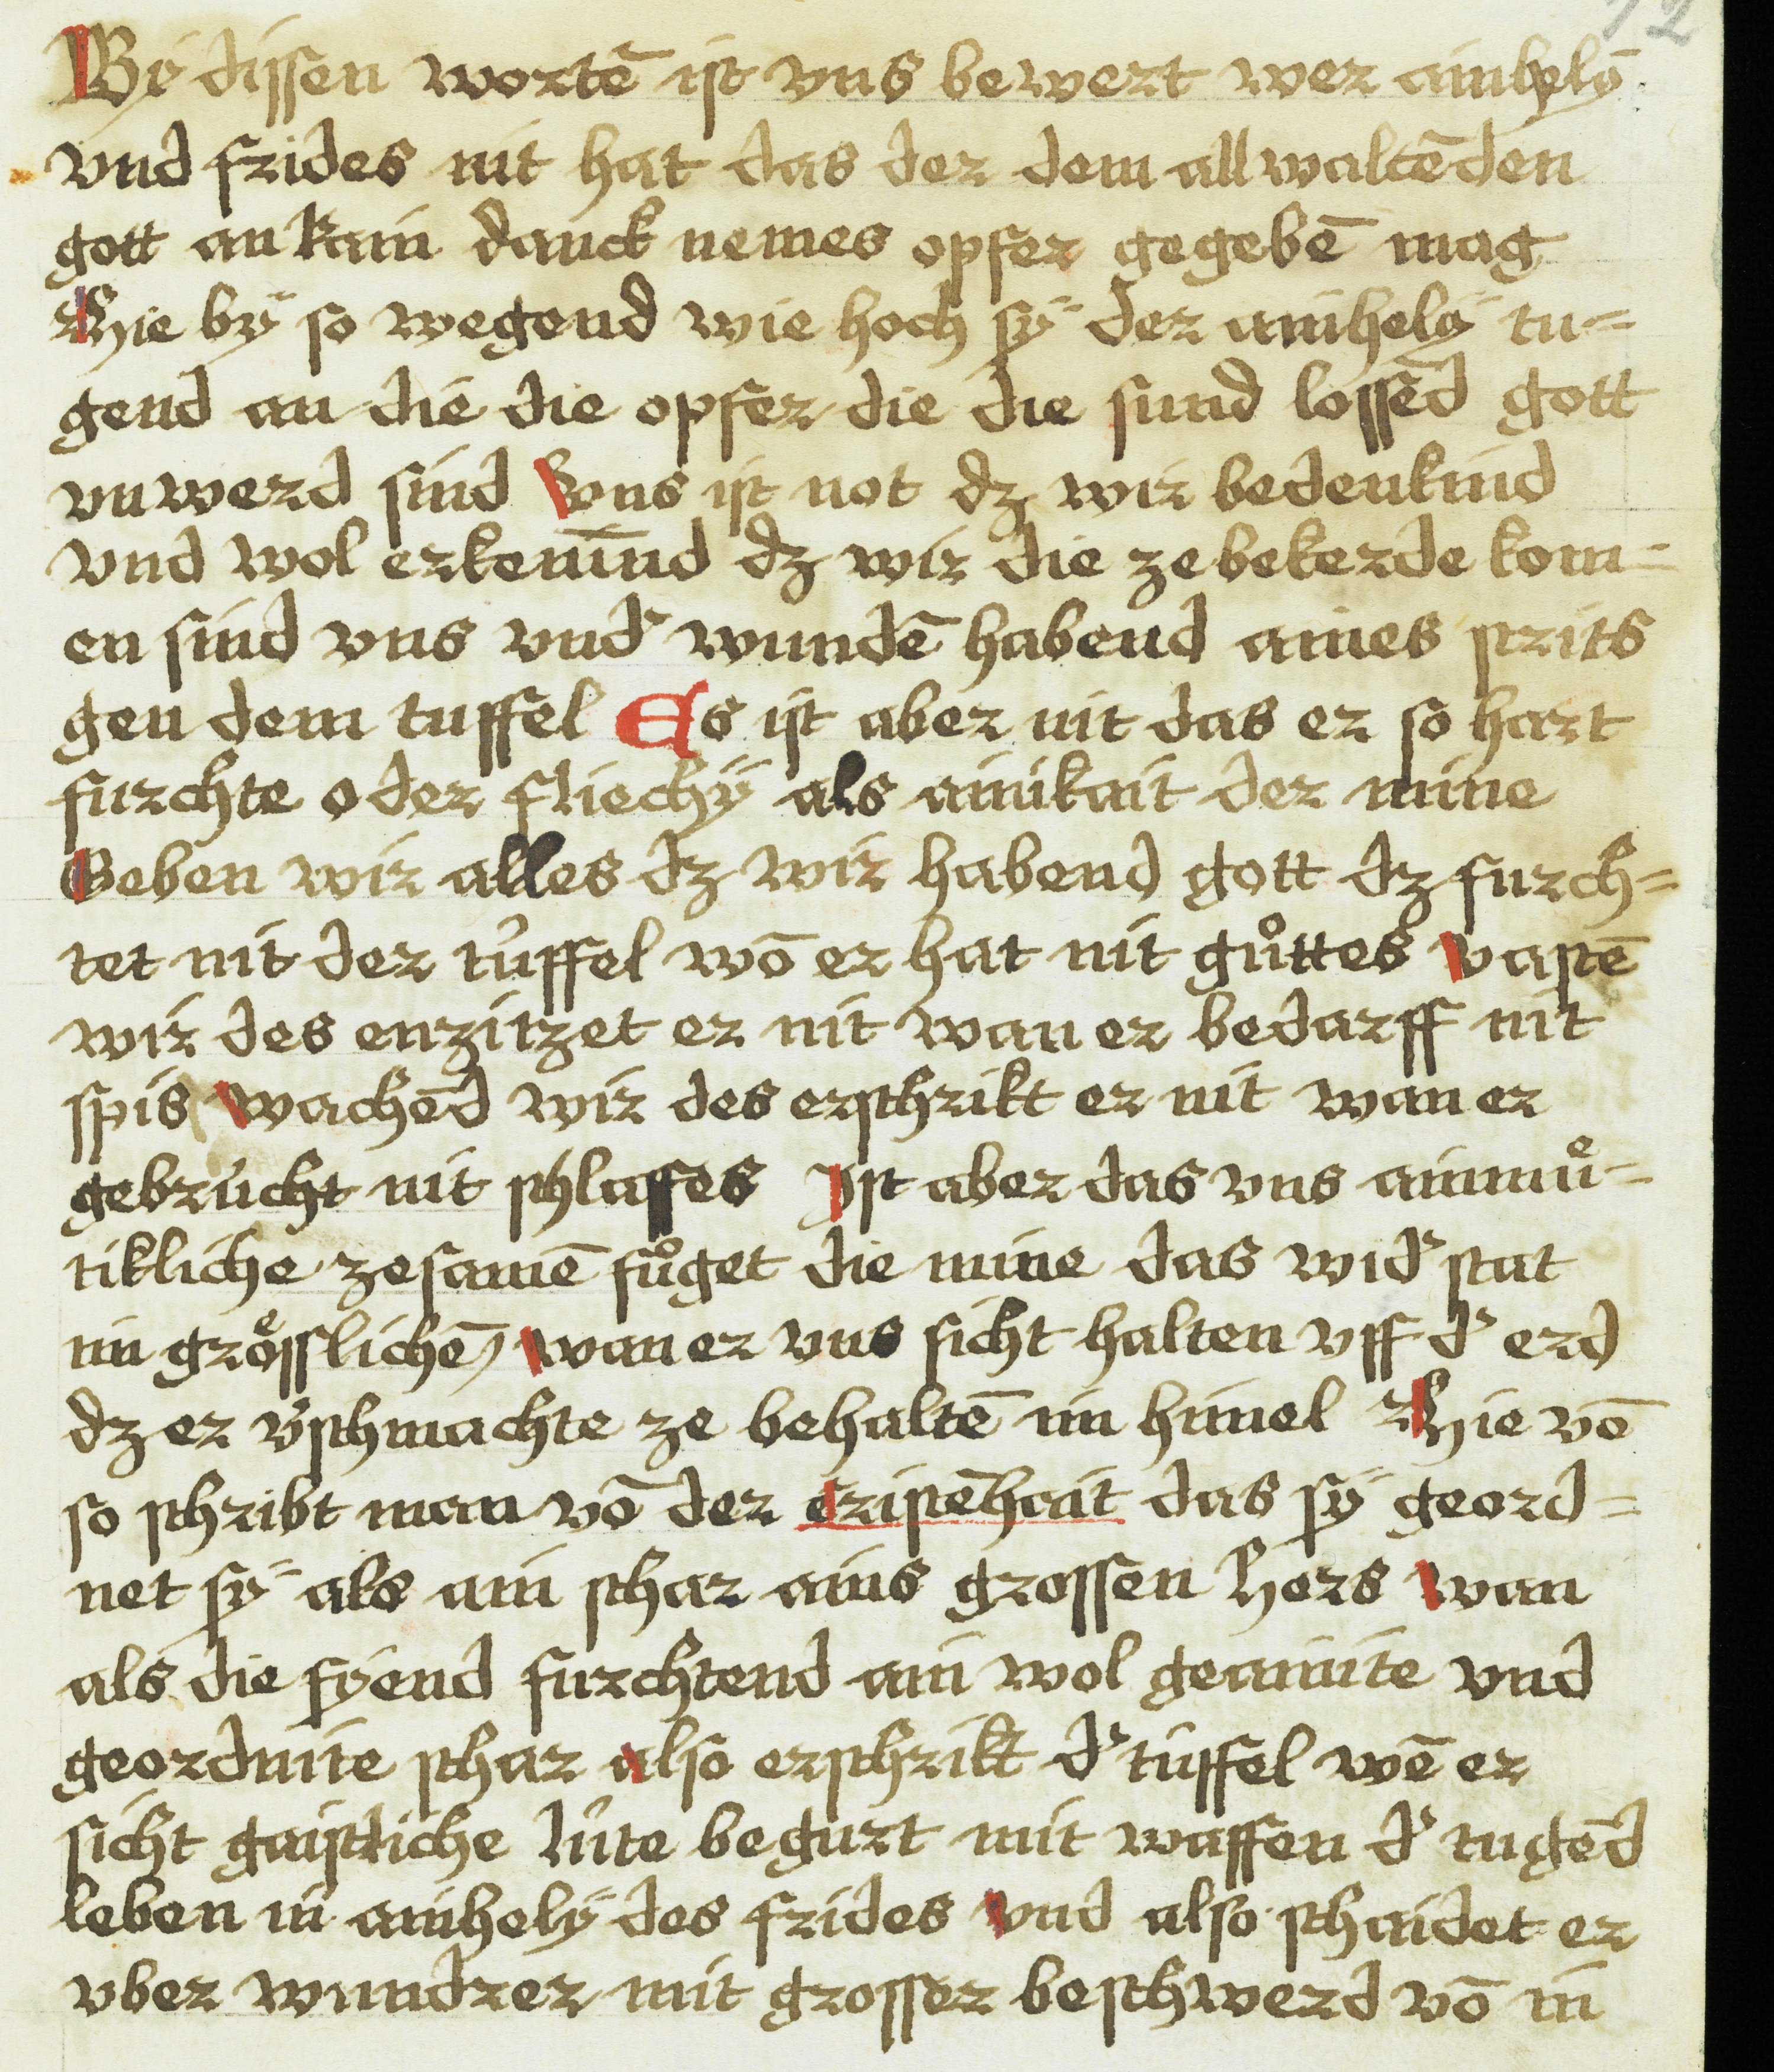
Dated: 1543–1543